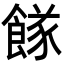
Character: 𩝌